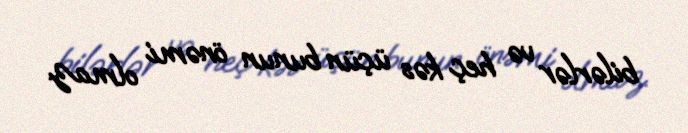
bilərlər və heç kəs üçün bunun önəmi olmaz.